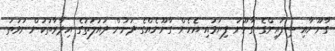
ގާނޫނާއި ސިފައިންގެ ގާނޫނު ފިޔަވައި އެހެން ގާނޫނެއްގެ ދަށުން ދައުލަތުގެ އިދާރާތަކުން ނުވަތަ